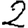
Digit: 2